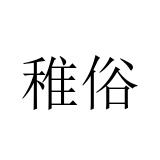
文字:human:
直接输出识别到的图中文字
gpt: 稚俗